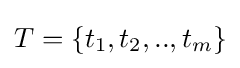
T=\{t_{1},t_{2},..,t_{m}\}